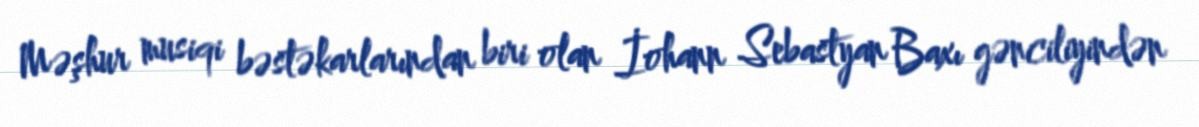
Məşhur musiqi bəstəkarlarından biri olan İohann Sebastyan Baxı gənciliyindən